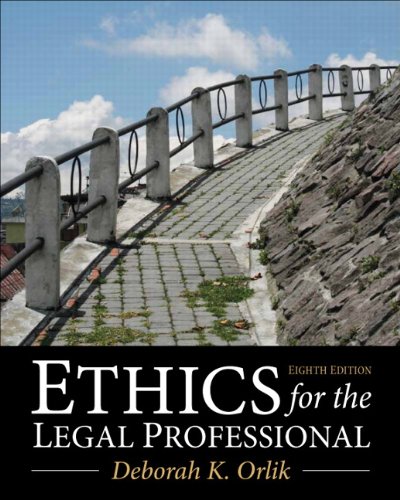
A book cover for Ethics for the Legal Professional (8th Edition); Deborah K. Orlik; Law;